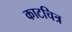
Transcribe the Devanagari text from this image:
काटचित्र